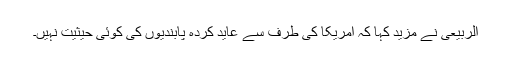
الربیعی نے مزید کہا کہ امریکا کی طرف سے عاید کردہ پابندیوں کی کوئی حیثیت نہیں۔